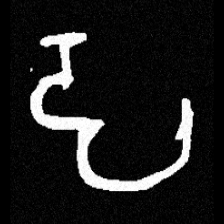
Pyu character \u2014 Myanmar letter: ဠ (romanized: lla)